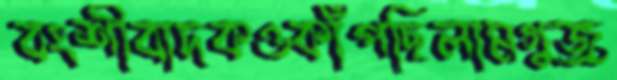
বংশীবাদকওকাঁপছিলামগুজ্‌র